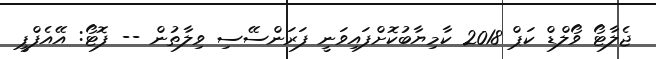
ޖެލާޓޯ ވޯލްޑް ކަޕް 2018 ކާމިޔާބުކޮށްފައިވަނީ ފަރަންސޭސި ވިލާތުން -- ފޮޓޯ: އޭއެފްޕީ